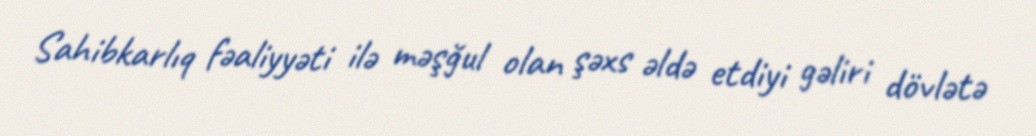
Sahibkarlıq fəaliyyəti ilə məşğul olan şəxs əldə etdiyi gəliri dövlətə